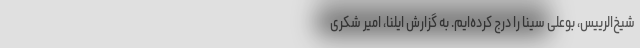
شیخ‌الرییس، بوعلی سینا را درج کرده‌ایم. به گزارش ایلنا، امیر شکری